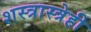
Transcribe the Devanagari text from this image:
शस्त्रास्त्रेही